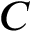
C